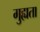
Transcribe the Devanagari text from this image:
गुह्यता